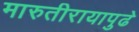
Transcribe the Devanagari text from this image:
मारुतीरायापुढे